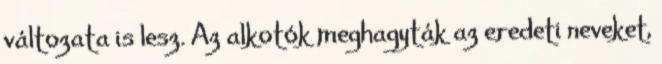
változata is lesz. Az alkotók meghagyták az eredeti neveket,